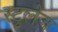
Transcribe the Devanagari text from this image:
स्टुलेज